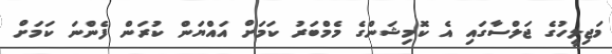
މަޖިލީހުގެ ޖަލްސާގައި އެ ކޮމިޝަންގެ މެމްބަރު ކަމަށް އައްޔަން ކުރަން ފެންނަ ކަމަށް